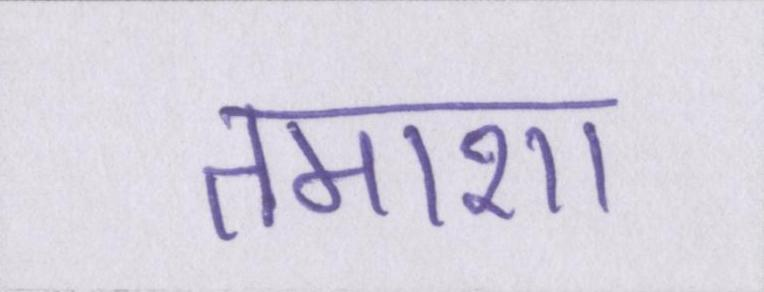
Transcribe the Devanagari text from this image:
तमाशा